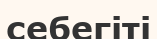
себегіті